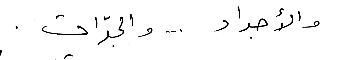
والأجداد ... والجدّات .